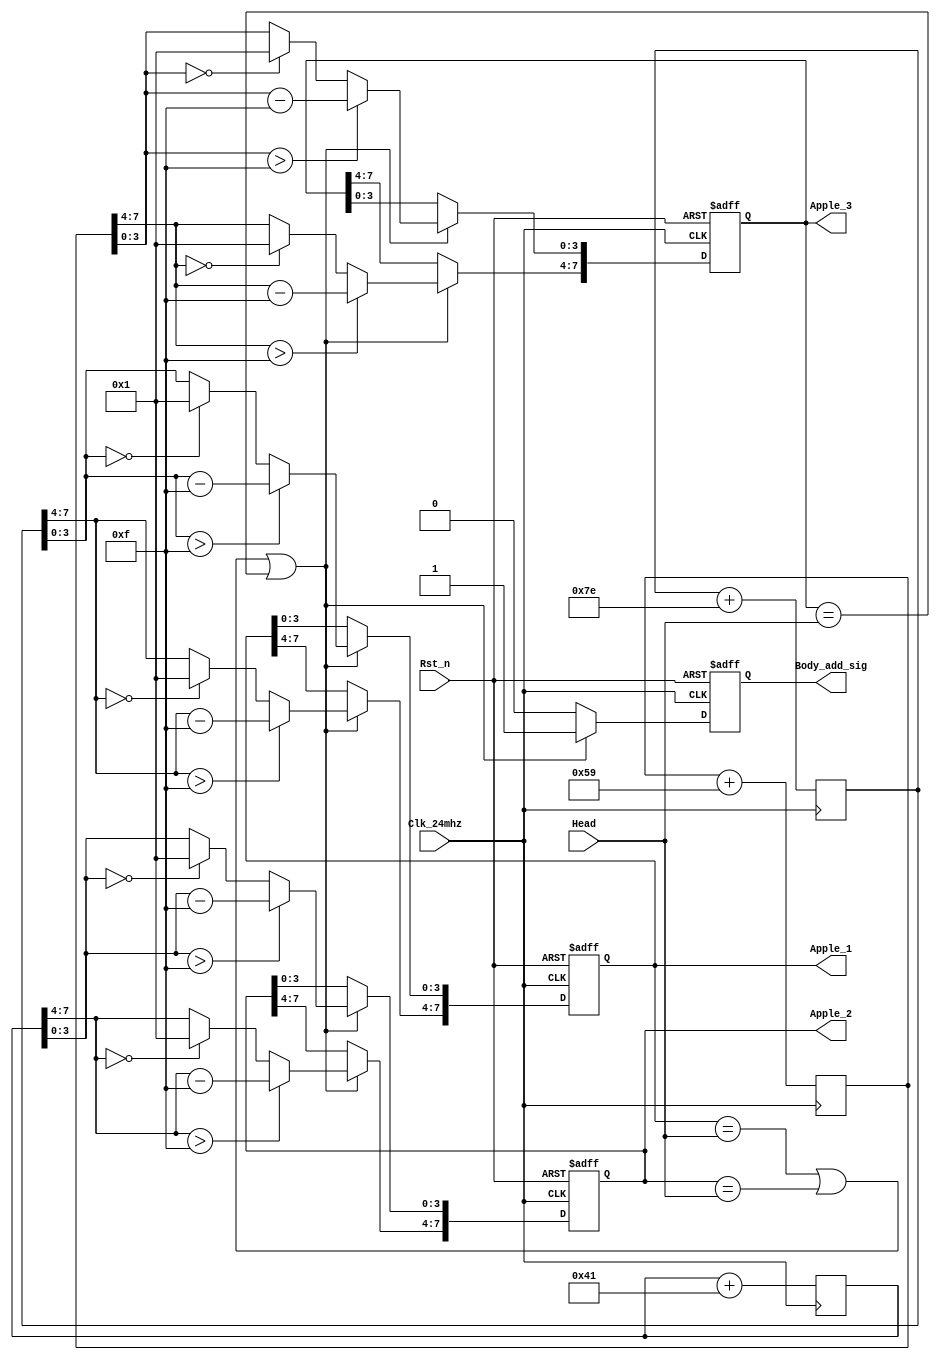
module Apple_generate_module//
(
	input Clk_24mhz,
	input Rst_n,
	input [7:0] Head,//
	output reg [7:0] Apple_1,//
	output reg [7:0] Apple_2,
	output reg [7:0] Apple_3,
	output reg Body_add_sig//
);
/***************************************************************************/
	reg [31:0] Count1;//32
	reg [7:0] Random_num_1;//84X 4Y
	reg [7:0] Random_num_2;//84X 4Y
	reg [7:0] Random_num_3;//84X 4Y
	
	always@(posedge Clk_24mhz)
	begin	
		Random_num_1 <= Random_num_1 + 8'd126;  //+126
		Random_num_2 <= Random_num_2 + 8'd65;
		Random_num_3 <= Random_num_3 + 8'd89;
	end												 //
	
	always@(posedge Clk_24mhz or negedge Rst_n)
	begin
		if(!Rst_n)
		begin
			Count1 <= 32'd0;//
			Apple_1 <= {4'd5,4'd8};//
			Apple_2 <= {4'd6,4'd10};//
			Apple_3 <= {4'd10,4'd8};//
			Body_add_sig <= 1'd0;//0
		end
		else	//if(Count1 == 32'd12000000)//0.5
				begin
					Count1 <= 32'd0;
					if(Apple_1 == Head | Apple_2 == Head | Apple_3 == Head)//,
					begin//X Y
						Body_add_sig <= 1'd1;
						Apple_1[7:4] <= (Random_num_1[7:4] > 4'd15)?(Random_num_1[7:4] - 4'd15):((Random_num_1[7:4] == 4'd0)?4'd1:Random_num_1[7:4]);
						Apple_1[3:0] <= (Random_num_1[3:0] > 4'd15)?(Random_num_1[3:0] - 4'd15):((Random_num_1[3:0] == 4'd0)?4'd1:Random_num_1[3:0]);
						Apple_2[7:4] <= (Random_num_2[7:4] > 4'd15)?(Random_num_2[7:4] - 4'd15):((Random_num_2[7:4] == 4'd0)?4'd1:Random_num_2[7:4]);
						Apple_2[3:0] <= (Random_num_2[3:0] > 4'd15)?(Random_num_2[3:0] - 4'd15):((Random_num_2[3:0] == 4'd0)?4'd1:Random_num_2[3:0]);
						Apple_3[7:4] <= (Random_num_3[7:4] > 4'd15)?(Random_num_3[7:4] - 4'd15):((Random_num_3[7:4] == 4'd0)?4'd1:Random_num_3[7:4]);
						Apple_3[3:0] <= (Random_num_3[3:0] > 4'd15)?(Random_num_3[3:0] - 4'd15):((Random_num_3[3:0] == 4'd0)?4'd1:Random_num_3[3:0]);
					end   
					else
						Body_add_sig <= 1'd0;
				end
		//else
		//	Count1 <= Count1 + 32'd1;
	end
endmodule